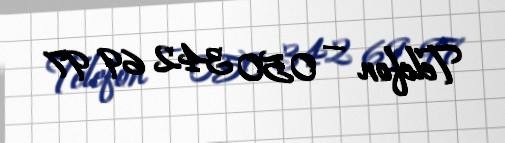
Telefon — 050 342 69 97